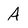
Character: A